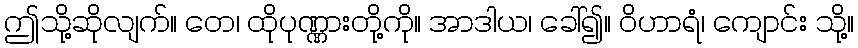
ဤသို့ဆိုလျက်။ တေ၊ ထိုပုဏ္ဏားတို့ကို။ အာဒါယ၊ ခေါ်၍။ ဝိဟာရံ၊ ကျောင်း သို့။